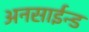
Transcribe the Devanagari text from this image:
अनसाईन्ड